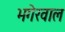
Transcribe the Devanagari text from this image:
भगेरवाल